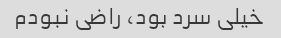
خیلی سرد بود، راضی نبودم